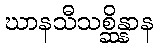
ဃာနသီသစ္ဆိန္နာန